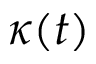
\kappa ( t )